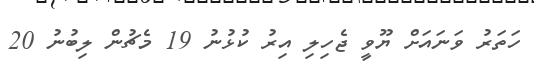
ހަތަރު ވަނައަށް ޔޫވީ ޖެހިލި އިރު ކުޅުނު 19 މެޗުން ލިބުނު 20